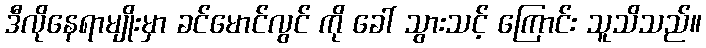
ဒီလိုနေရာမျိုးမှာ ခင်မောင်လွင် ကို ခေါ် သွားသင့် ကြောင်း သူသိသည်။